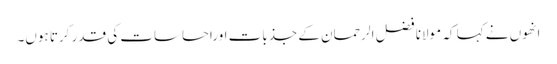
انھوں نے کہا کہ مولانا فضل الرحمان کے جذبات اوراحساسات کی قدر کرتا ہوں۔